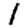
Digit: 1